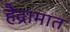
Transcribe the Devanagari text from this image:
हैद्रामात